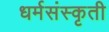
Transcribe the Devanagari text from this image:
धर्मसंस्कृती